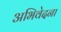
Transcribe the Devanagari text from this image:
अभिवेदना